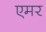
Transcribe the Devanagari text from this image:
एमर